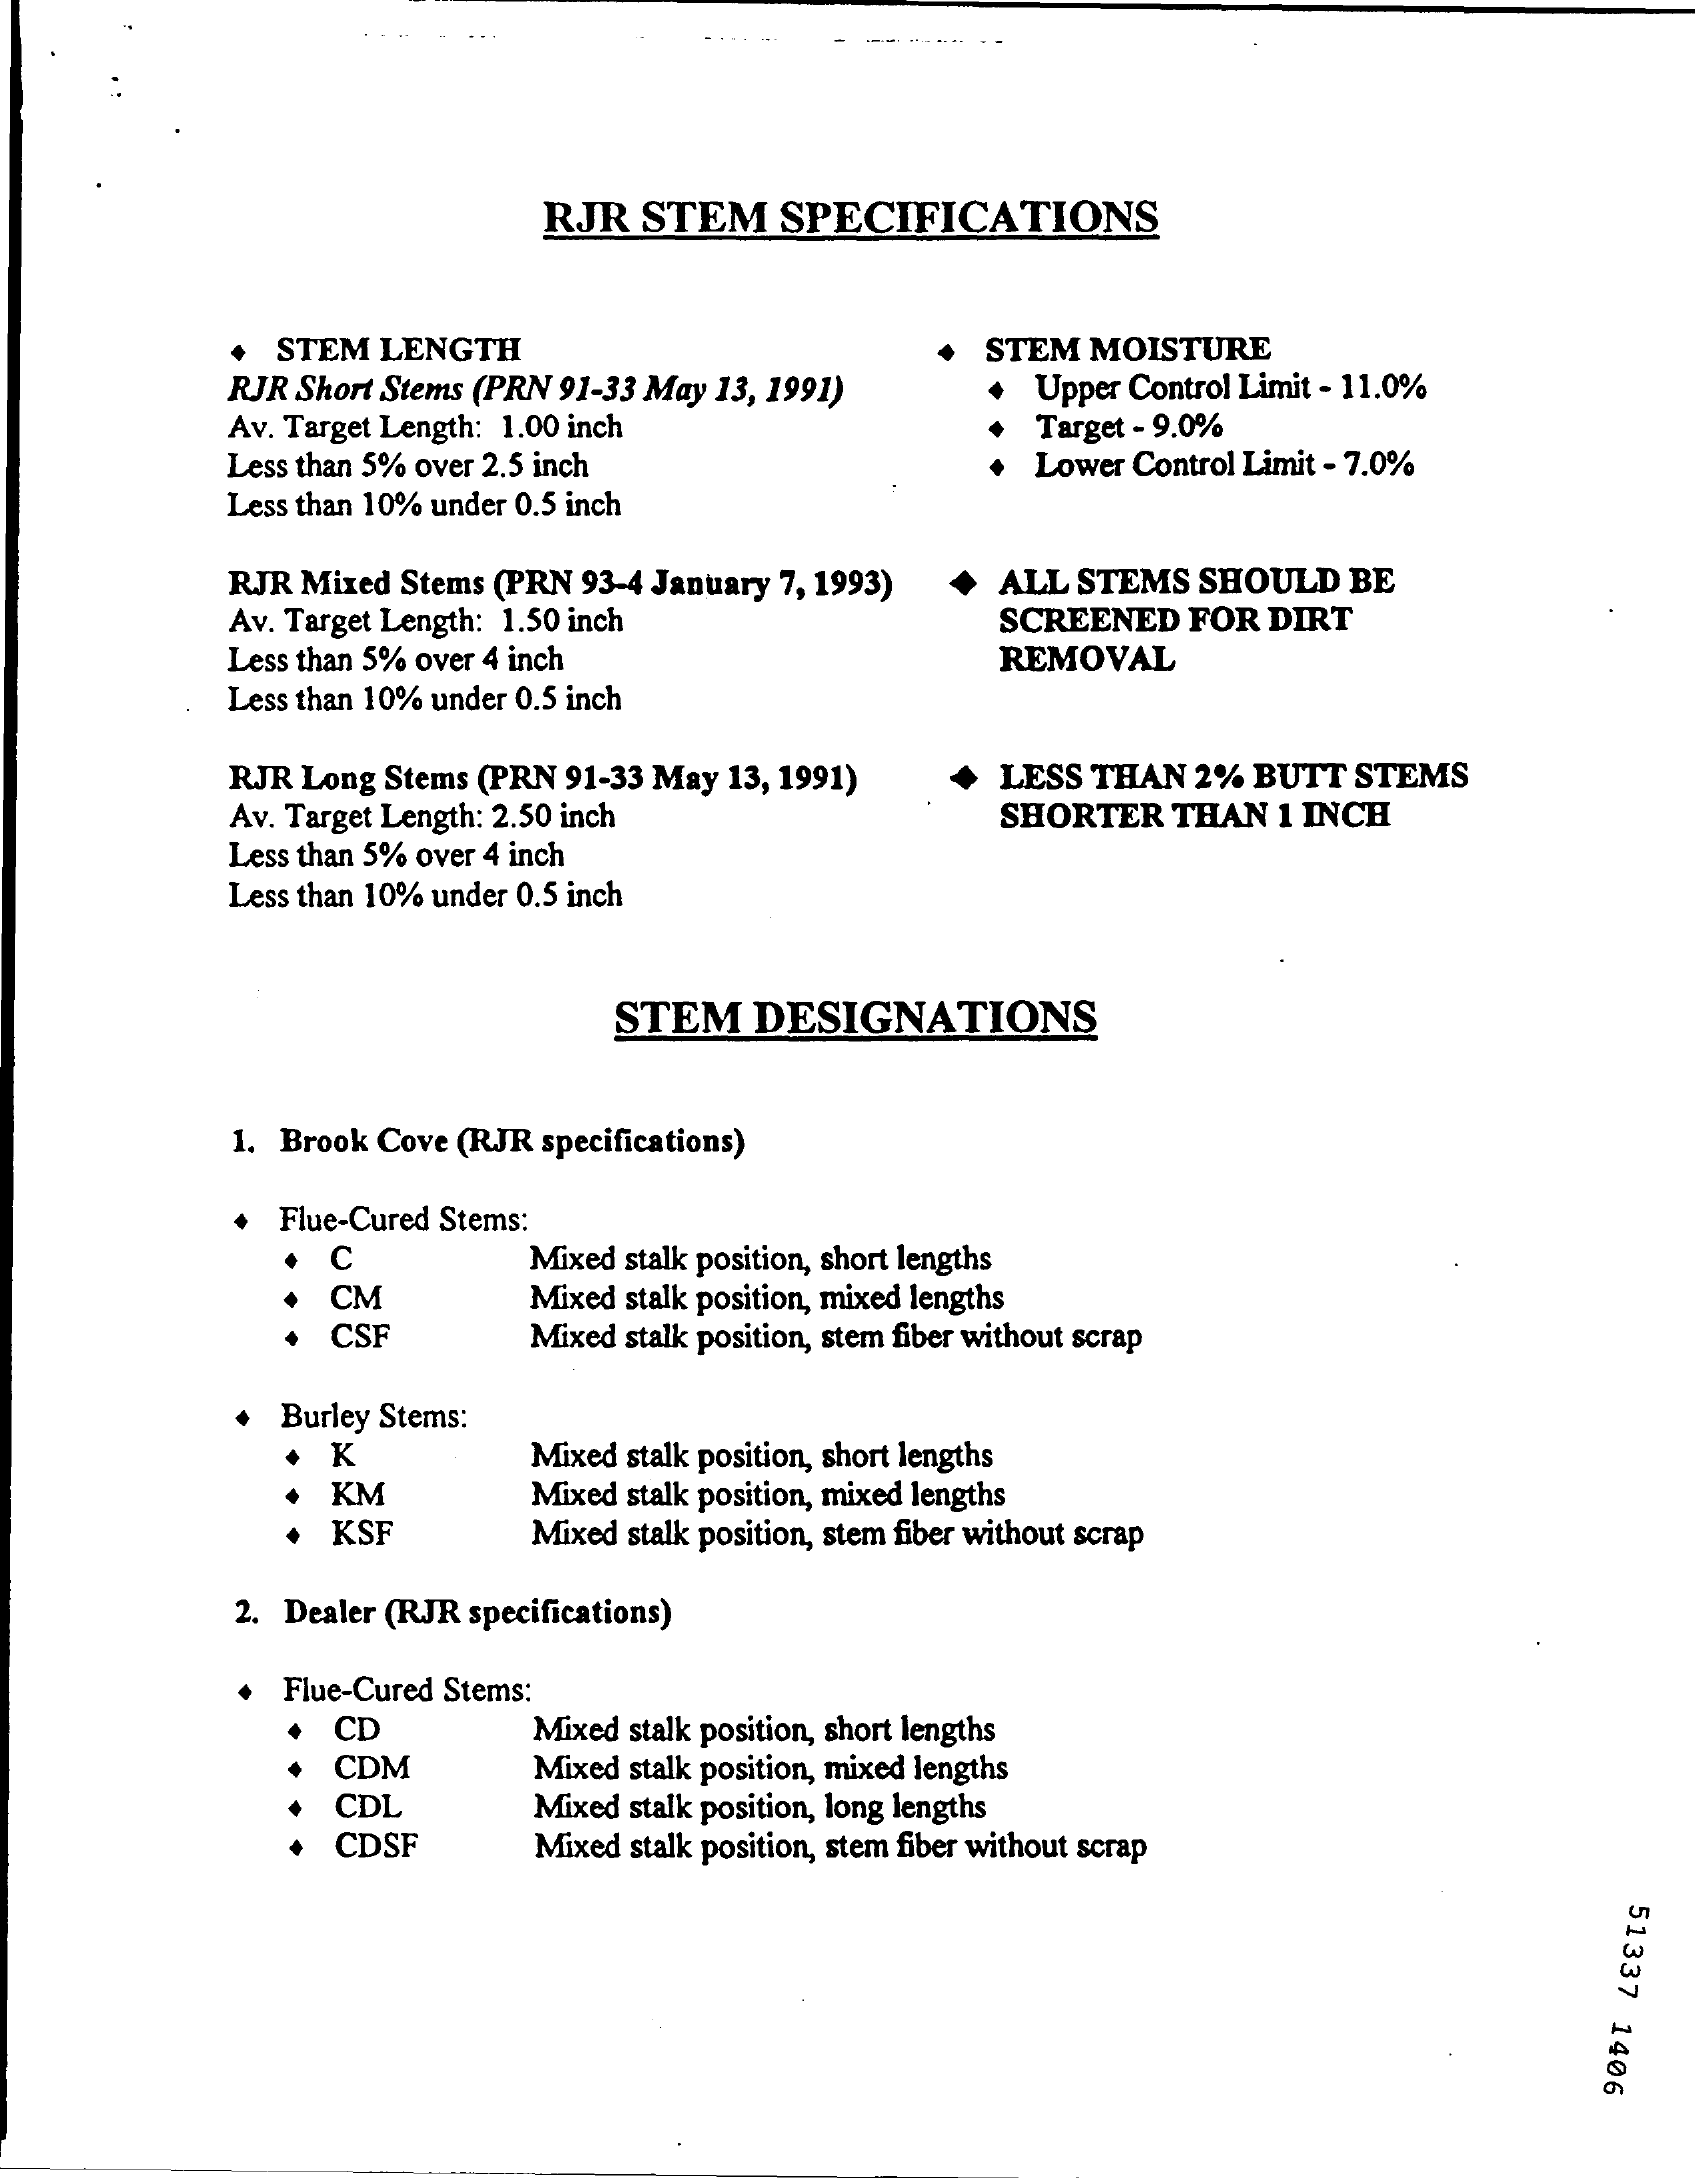
RJR STEM SPECIFICATIONS
     + STEM LENGTH
     RJR Short Stems (PRN 91-33 May 13, 1991)
     STEM MOISTURE
     Upper Control Limit - 11.0%
     Av. Target Length: 1.00 inch    Target - 9.0%
     Less than 5% over 2.5 inch    Lower Control Limit - 7.0%
     Less than 10% under 0.5 inch
     RJR Mixed Stems (PRN 93-4 January 7, 1993) ALL STEMS SHOULD BE
     Av. Target Length: 1.50 inch   SCREENED FOR DIRT
     Less than 5% over 4 inch    REMOVAL
     Less than 10% under 0.5 inch
     RJR Long Stems (PRN 91-33 May 13, 1991) LESS THAN 2% BUTT STEMS
     Av. Target Length: 2.50 inch   SHORTER THAN 1 INCH
     Less than 5% over 4 inch
     Less than 10% under 0.5 inch
     STEM DESIGNATIONS
     1. Brook Cove (RJR specifications)
     + Flue-Cured Stems:
     C    Mixed stalk position, short lengths
     CM    Mixed stalk position, mixed lengths
     CSF    Mixed stalk position, stem fiber without scrap
     + Burley Stems:
     K    Mixed stalk position, short lengths
     KM    Mixed stalk position, mixed lengths
     KSF    Mixed stalk position, stem fiber without scrap
     2. Dealer (RJR specifications)
     Flue-Cured Stems:
     CD    Mixed stalk position, short lengths
     CDM    Mixed stalk position, mixed lengths
     CDL    Mixed stalk position, long lengths
     CDSF    Mixed stalk position, stem fiber without scrap
     51337
     1406